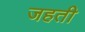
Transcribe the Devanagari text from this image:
जहती